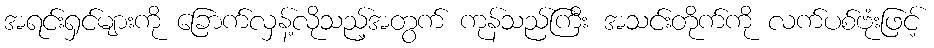
အရင်းရှင်များကို ခြောက်လှန့်လိုသည့်အတွက် ကုန်သည်ကြီး အသင်းတိုက်ကို လက်ပစ်ဗုံးဖြင့်